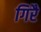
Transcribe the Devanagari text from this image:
गिरै